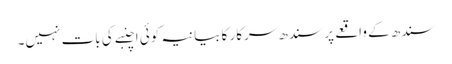
سندھ کے واقعے پر سندھ سرکار کا بیانیہ کوئی اچنبے کی بات نہیں۔